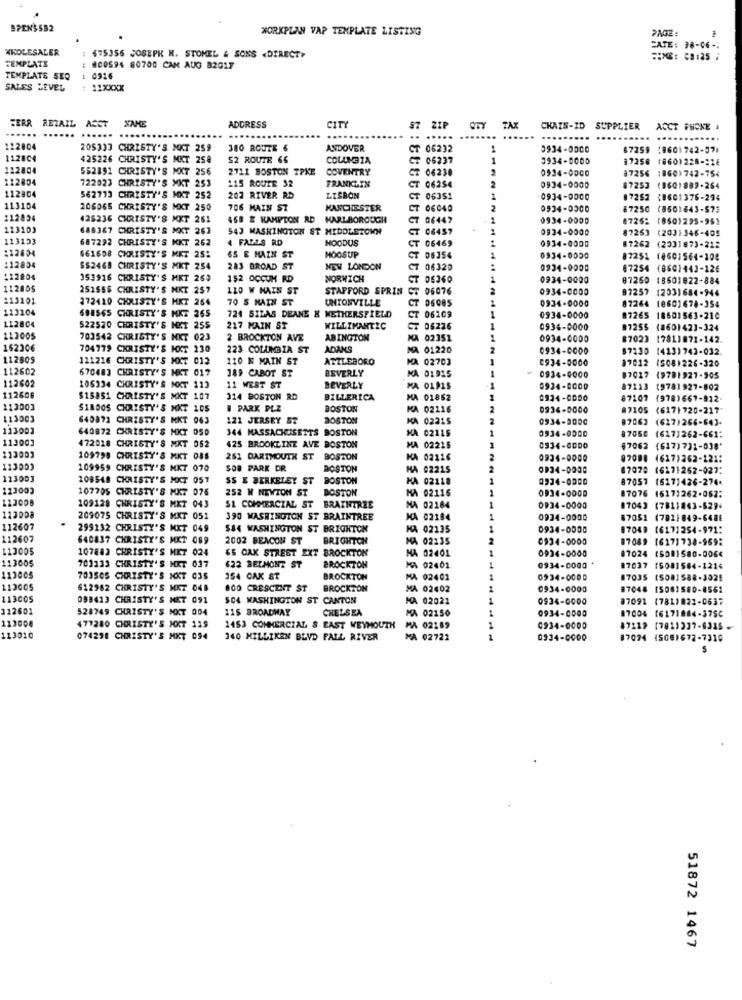
SPENS582
WORKPLAN VAP TEMPLATE LISTING
PAGE :
*KOLESALER
FATE: 38-06-
TEMPLATE
$75356 JOSEPK H. STOMEL & SONS <DIRECT>
800594 80700 CAM AUG B201F
TEMPLATE SEQ
1 0916
SALES LEVEL
: :: XXXX
FERR RETAIL
CITY
......
ACCT NAME
ADDRESS
CKAIS-ID
SUPPLIER
ACCT PHONE .
......
..
.....
....
......
122804
205333 CHRISTY'S MKT 259
380 ROUTE 6
ANDOVER
CT 06232
0934-0000
87259 (8601742-37>
1128C4
425226 CHRISTY'S MKT 258
52 ROUTE 66
COLANDZA
CT
CT 06237
1
3934-0000
97258
(860)228-216
112804
552391 CHRISTY'S MKT 256
2711 BOSTON TPKE
COVENTRY
Z 06230
2
0534-0000
18601742-754
122804
722023 CHRISTY'S MKT 253
115 ROUTE 92
FRANKLIN
87256
CT 06254
0934-0000
87253
(9601889-264
112804
562713 CHRISTY'S MKT 252
202 RIVER RD
LISBON
CT 06351
0934-0000
87252
10601376-294
113104
206065 CHRISTY'S MKT 250
706 MAIN ST
MANCHESTER
T 06040
2
0934-0300
87250
(8501643-573
112824
425236 CHRISTY'S MKT 251
458 E KAMPTON RD MARLBOROUGH
7 06447
0934-0000
47252
(8501295-951
123103
688367 CHRISTY'S MKT 263
543 WASHINGTON ST MIDDLETOWN
0934-0000
87263
(203)346-405
123153
687292 CHRISTY'S KKT 262
4 FALLS RD
HOODUS
CT 06469
0934-0000
212804
87262 (2001873-212
661608 CHRISTY'S MKT 25:
GS E MAIN ST
MOOSUP
CT 06354
0934-0000
87251 (8601564-108
112834
$$2468 CHRISTY'S MKT 254
283 BROAD ST
NEW LONDON
C7 06320
0934-0000
07254 (860)443-126
@7254
112804
153916 CHRISTY'S MET 265
152 OCCUH RD
NORWICH
T 06360
0934-0000
87250
(8501822-884
112005
251955 CHRISTY'S MKT 257
LIO W MAIS ST
STAFFORD SPRIN CT 06076
0934-0000
87257 (203)684-944
87252
113101
272420 CHRISTY'S HKT 264
70 S MATH ST
UNIONVILLE
0934-0000
87264
113104
CT
CT 06085
604565 CHRISTY'S MKZ 265
724 SILAS DEANE X WETHERSFIELD
T 06109
0934-0000
87265 18501563-210
#7265
112804
522570 CHRISTY'S MKT 255
217 MAIN ST
WILLIMANTIC
CT 06226
0934-0000
97255
(860)42]-324
112005
703542 CHRISTY'S MKT 023
2 BROCKTON AVE
ABINGTON
KA 02351
0934-6000
#702
(7811971-142.
162306
704779 CHRISTY'S KXT 230
223 COLUMBIA ST
ADANS
MA 01220
0934-0000
87130
(413)742-032.
112809
111216 CHRISTY'S MXT 013
110 N MAIN ST
ATZLEBORO
MA 02703
0934-5000
87012
(508)226-320
112602
670483 CHRISTY'S MKT 017
189 CABOT ST
BEVERLY
112602
MA 01915
0934-4000
87017
(9781927-505
106334 CHRISTY'S NKT 113
11 WEST ST
BEVERLY
MA 01915
0934-8000
87213
(978) 927-802
112606
$15851 CHRISTY'S MKT 107
314 BOSTON RD
BILLERICA
MA 01862
0934-0000
87102
(978)667-912-
113003
S18005 CHRISTY'S MKT LDS
I PARK PLZ
BOSTON
MA 02116
0934-8000
#7105
(617| 720-217
113003
640871 CHRISTY'S MKT 063
121 JERSEY ST
BOSTON
KA 02215
0934-8000
87063
(627)266-643-
113002
640872 CHRISTY'S MKT 050
344 MASSACHUSETTS BOSTON
MA 02115
0934-0000
87050
(617)262-661:
113003
113003
472018 CHRISTY'S MKT 052
425 BROOKLINE AVE BOSTON
MA 02215
0934-00DO
67062
(617) 731-036*
109798 CHRISTY'S MKT 088
251 DARTMOUTH ST BOSTON
KA 02116
0934-0000
07000 (617)262-121:
113003
109959 CHRISTY'S MKT 070
SOB PARK DR
BOSTON
HA 02215
0934-0000
87070
(6171252-027:
113003
108548 CHRISTY'S MKT 057
SS E BERKELEY ST
BOSTON
HA 02118
0934-0000
87057
(617)426-274.
123003
107705 CHRISTY'S MKT 075
252 H NEWTON ST
BOSTON
HA 02116
1
0934-0000
87076
(617)262-052:
1
123008
109128 CHRISTY'S MKT 043
SI COMMERCIAL ST BRAINTREE
MA 02184
0934-0000
07043
(7811863-5294
123008
209075 CHRISTY'S MKT 051
390 WASHINGTON ST BRAINTREE
MA 02184
1
0934-0000
87051
(782)849-648E
112607
299132 CHRISTY'S MKT 049
$$4 WASHINGTON ST BRIGHTON
MA 02135
0934-0000
17049
(6171254-971:
112607
640837 CHRISTY'S MKT 089
2002 BEACON ST
BRIGHTON
HA 02:35
2
0934-0000
87049
(6171738-969:
113005
107883 CHRISTY'S MKT 024
65 CAK STREET EXT BROCKTON
MA 02401
1
0934-0000
87024
15081580-0064
113005
703333 CHRISTY'S MKT 037
622 BELMONT ST
BROCKTON
MA 02401
1
0934-0000
17037
(5081584-1214
113005
703505 CHRISTY'S KKT 03S
154 CAK ST
BROCKTON
MA 02402
0934-0000
17035
(508]588-3025
112005
612982 CHRISTY'S MKT 048
800 CRESCENT ST
BROCKTON
MA 02402
0934-0000
87048
15081580-8561
113005
098413 CHRISTY'S MET 091
504 WASHINGTON ST CANTON
MA 02021
---
0934-0000
87091 (781)822-0637
112601
528749 CHRISTY'S MKT 004
115 BROADMAY
CHELSEA
MA 02150
1
0934-0500
17004
(6171884-375C
123000
477280 CHRISTY'S MXT 119
1453 COMMERCIAL S EAST WEYMOUTH
MA 02289
0934-0000
87119
(781)337-6315
113010
074298 CHRISTY'S MXT 094
140 MILLIKEN BLVD FALL RIVER
MA 02722
1
0934-0000
87094 (5081672-7310
51872 1467